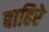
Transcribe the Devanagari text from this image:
बाहिरे